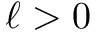
\ell > 0